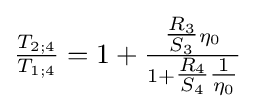
{\tfrac {T_{2;4}}{T_{1;4}}}=1+{\tfrac {{\tfrac {R_{3}}{S_{3}}}\eta _{0}}{1+{\tfrac {R_{4}}{S_{4}}}{\tfrac {1}{\eta _{0}}}}}